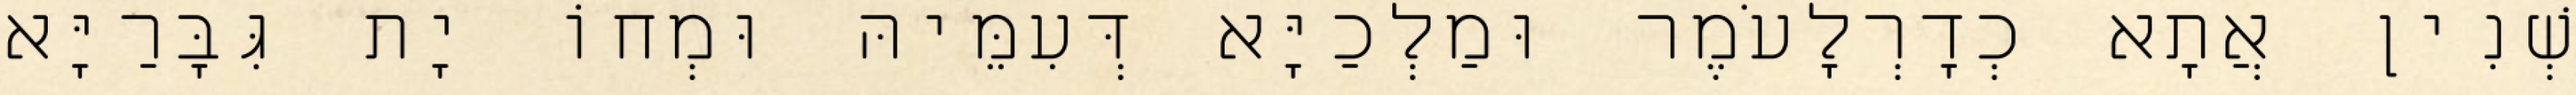
שְׁנִין אֲתָא כְדָרְלָעֹמֶר וּמַלְכַיָּא דְּעִמֵּיהּ וּמְחוֹ יָת גִּבָּרַיָּא